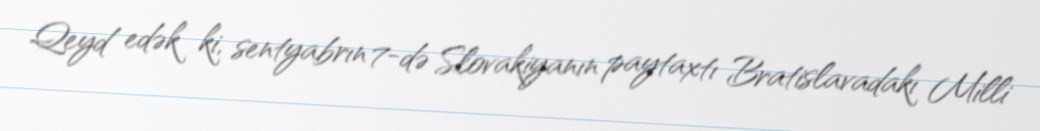
Qeyd edək ki, sentyabrın 7-də Slovakiyanın paytaxtı Bratislavadakı Milli